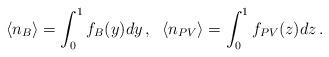
LaTeX: \begin{align*}\langle n_B\rangle=\int_0^1f_B(y)dy\,,\;\;\langle n_{PV}\rangle=\int_0^1f_{PV}(z)dz\,.\end{align*}